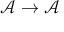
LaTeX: { \mathcal { A } } \to { \mathcal { A } }